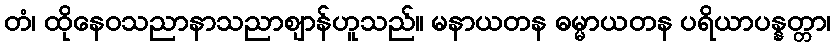
တံ၊ ထိုနေဝသညာနာသညာဈာန်ဟူသည်။ မနာယတန ဓမ္မာယတန ပရိယာပန္နတ္တာ၊